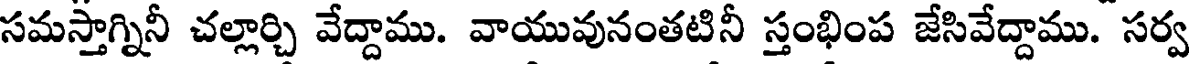
సమస్తాగ్నినీ చల్లార్చి వేద్దాము. వాయువునంతటినీ స్తంభింప జేసివేద్దాము. సర్వ